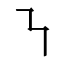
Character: ㇎